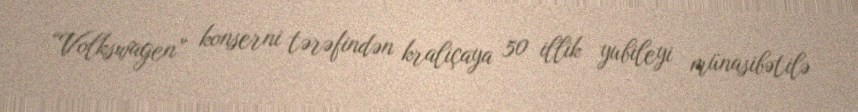
“Volkswagen” konserni tərəfindən kraliçaya 50 illik yubileyi münasibətilə